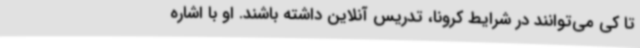
تا کی می‌توانند در شرایط کرونا، تدریس آنلاین داشته باشند. او با اشاره